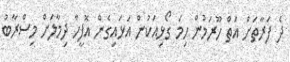
ދެ ފަރާތަށް އަތް ހޫރަމުން ހިމަ ގޯޅިއަކުން އަޅައިގެން އޮފީހާ ދިމާލަށް މިސްރާބު